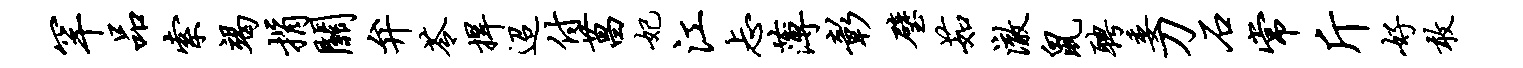
罕品索竭捐关弁苓捍迢付菖妃江忐薄彰璧茹澈鼠聘委刀石常斤好敢